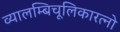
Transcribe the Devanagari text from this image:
व्यालम्बिचूलिकारत्नो